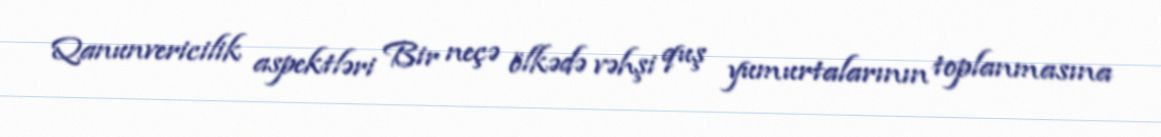
Qanunvericilik aspektləri Bir neçə ölkədə vəhşi quş yumurtalarının toplanmasına